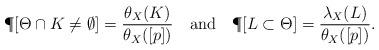
LaTeX: \begin{align*}\P[\Theta \cap K \not =\emptyset] = \frac{\theta_X(K)}{\theta_X([p])}\ \ \mbox{ and }\ \ \P[L\subset \Theta] = \frac{\lambda_X(L)}{\theta_X([p])}.\end{align*}